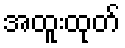
အထူးထုတ်